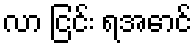
လာ ငြင်း ရအောင်